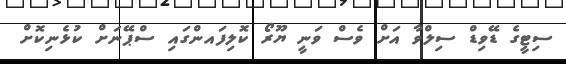
ސިޓީގެ ޑޭވިޑް ސިލްވާ އަށް ވެސް ވަނީ ޔޫރޯ ކޮލިފައންގައި ސްޕޭނަށް ކުޅެނިކޮށް